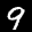
Label: 9